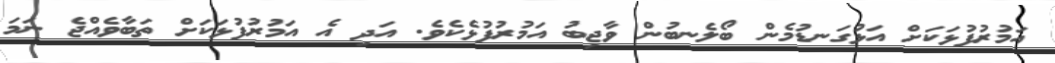
އަމުރުފުޅަކަށް އަޅުގަނޑުމެން ބޯލެނބުން ވާޖިބު އަމުރުފުޅެކެވެ. އަދި އެ އަމުރުފުޅަކަށް ތަބާވެއްޖެ ނަމަ